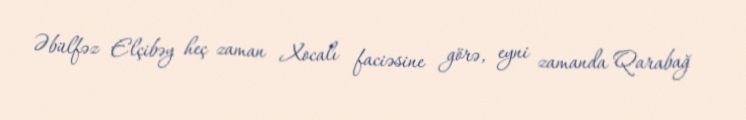
Əbülfəz Elçibəy heç zaman Xocalı faciəsine görə, eyni zamanda Qarabağ